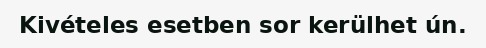
Kivételes esetben sor kerülhet ún.